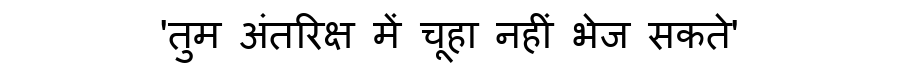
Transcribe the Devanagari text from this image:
'तुम अंतरिक्ष में चूहा नहीं भेज सकते'